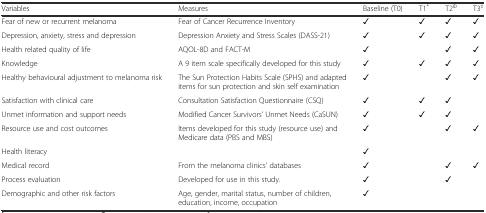
| Variables | Measures | Baseline (T0) | T1* | T2Φ | T3‡ |
 | --- | --- | --- | --- | --- | --- |
 | Fear of new or recurrent melanoma | Fear of Cancer Recurrence Inventory | ✓ | ✓ | ✓ | ✓ |
 | Depression, anxiety, stress and depression | Depression Anxiety and Stress Scales (DASS-21) | ✓ | ✓ | ✓ | ✓ |
 | Health related quality of life | AQOL-8D and FACT-M | ✓ |  | ✓ | ✓ |
 | Knowledge | A 9 item scale specifically developed for this study | ✓ | ✓ | ✓ | ✓ |
 | Healthy behavioural adjustment to melanoma risk | The Sun Protection Habits Scale (SPHS) and adapted items for sun protection and skin self examination | ✓ |  | ✓ | ✓ |
 | Satisfaction with clinical care | Consultation Satisfaction Questionnaire (CSQ) | ✓ | ✓ | ✓ |  |
 | Unmet information and support needs | Modified Cancer Survivors’ Unmet Needs (CaSUN) | ✓ | ✓ | ✓ |  |
 | Resource use and cost outcomes | Items developed for this study (resource use) and Medicare data (PBS and MBS) | ✓ |  | ✓ | ✓ |
 | Health literacy |  | ✓ |  |  |  |
 | Medical record | From the melanoma clinics’ databases | ✓ |  | ✓ | ✓ |
 | Process evaluation | Developed for use in this study. | ✓ |  | ✓ |  |
 | Demographic and other risk factors | Age, gender, marital status, number of children, education, income, occupation | ✓ |  |  |  |